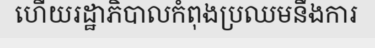
ហើយរដ្ឋាភិបាលកំពុងប្រឈមនឹងការ